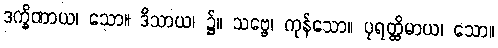
ဒက္ခိဏာယ၊ သော။ ဒိသာယ၊ ၌။ သဗ္ဗေ၊ ကုန်သော။ ပုရတ္ထိမာယ၊ သော။